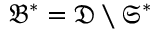
\mathfrak { B } ^ { \ast } = \mathfrak { D } \setminus \mathfrak { S } ^ { \ast }